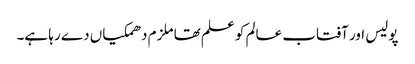
پولیس اور آفتاب عالم کو علم تھا ملزم دھمکیاں دے رہا ہے۔